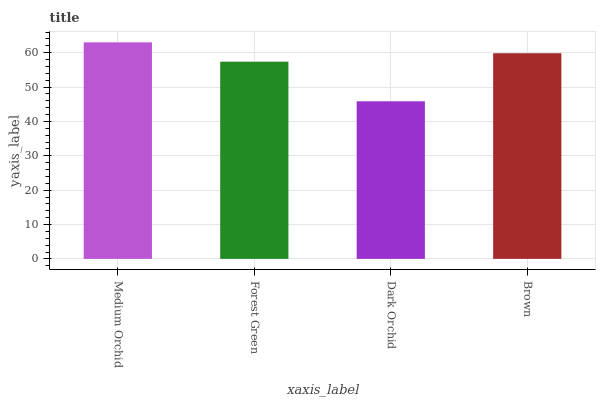
| xaxis_label | bars |
 | --- | --- |
 | Medium Orchid | 63 |
 | Forest Green | 57.4 |
 | Dark Orchid | 45.9 |
 | Brown | 59.8 |